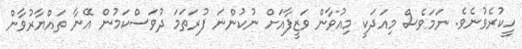
ހީކުރެވުނެވެ. ނަމަވެސް މިއަދަކީ މިއުވާން ވަޒީފާއަށް ނުކުންނަ ފުރަތަމަ ދުވަސްކަމުން އޭނާ ތައްޔާރުވާން